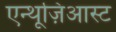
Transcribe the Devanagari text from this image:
एन्थूज़िआस्ट